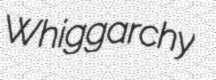
Whiggarchy